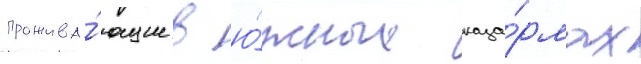
прожива́ющие в ю́жных каза́рмах